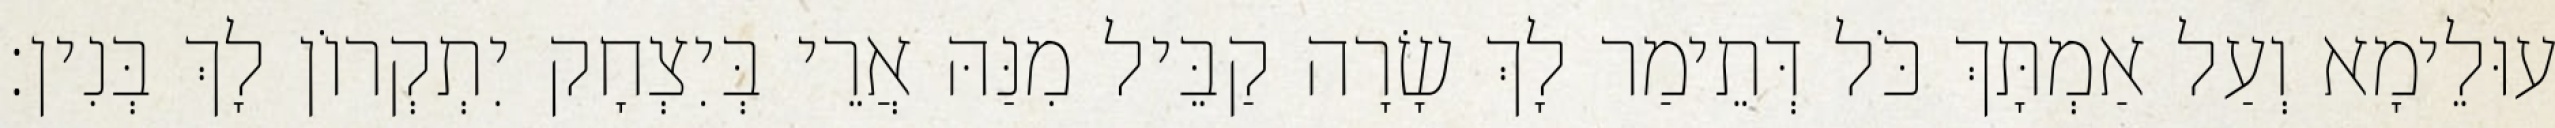
עוּלֵימָא וְעַל אַמְתָּךְ כֹּל דְּתֵימַר לָךְ שָׂרָה קַבֵּיל מִנַּהּ אֲרֵי בְּיִצְחָק יִתְקְרוֹן לָךְ בְּנִין׃